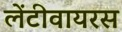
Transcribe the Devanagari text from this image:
लेंटीवायरस